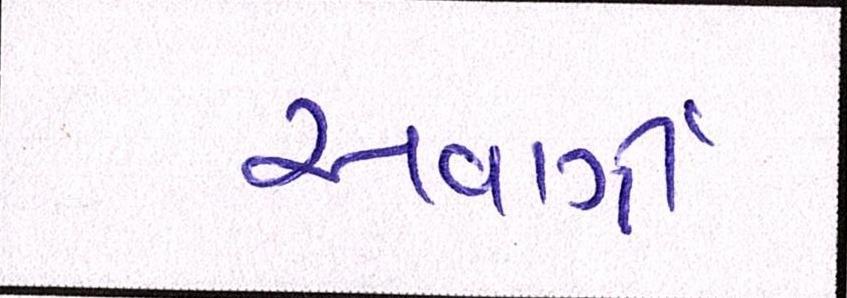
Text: સર્વાગી